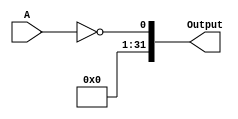
module NOT(A, Output);
    // Inputs
    input[31:0]A;   // 32 bit input A

    // Outputs
    output[31:0]Output;  // logical NOT of A

    // Registers
    reg[31:0]Output;
    
    // Main
    always@(A)
    begin
        // Output is logical NOT of A
        Output = !A;
    end
endmodule